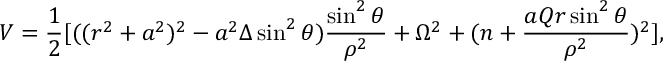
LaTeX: V = \frac { 1 } { 2 } [ ( ( r ^ { 2 } + a ^ { 2 } ) ^ { 2 } - a ^ { 2 } \Delta \sin ^ { 2 } \theta ) \frac { \sin ^ { 2 } \theta } { \rho ^ { 2 } } + \Omega ^ { 2 } + ( n + \frac { a Q r \sin ^ { 2 } \theta } { \rho ^ { 2 } } ) ^ { 2 } ] ,